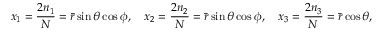
x _ { 1 } = \frac { 2 n _ { 1 } } { N } = \bar { r } \sin \theta \cos \phi , \quad x _ { 2 } = \frac { 2 n _ { 2 } } { N } = \bar { r } \sin \theta \cos \phi , \quad x _ { 3 } = \frac { 2 n _ { 3 } } { N } = \bar { r } \cos \theta ,